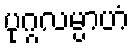
ပုဂ္ဂလမ္ပာဟံ